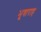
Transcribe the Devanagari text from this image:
भूवाराह